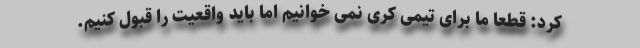
کرد: قطعا ما برای تیمی کری نمی خوانیم اما باید واقعیت را قبول کنیم.